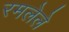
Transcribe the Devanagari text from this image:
रमलेले